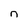
Character: n